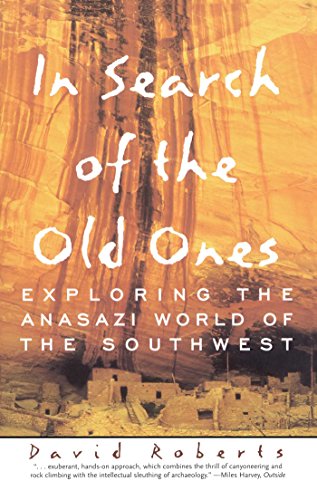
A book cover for In Search of the Old Ones: Exploring the Anasazi World of the Southwest; David Roberts; Science & Math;